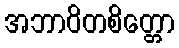
အဘာဝိတစိတ္တော